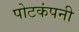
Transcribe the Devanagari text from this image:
पोटकंपनी